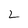
Character: 2